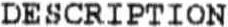
DESCRIPTION